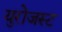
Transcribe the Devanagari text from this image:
युरोजस्ट